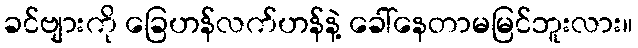
ခင်ဗျားကို ခြေဟန်လက်ဟန်နဲ့ ခေါ်နေတာမမြင်ဘူးလား။